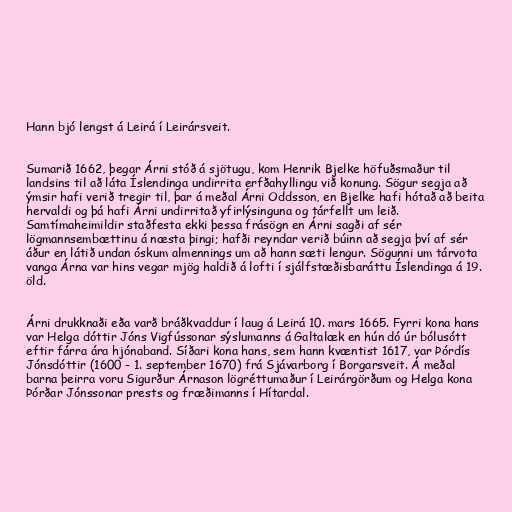
Hann bjó lengst á Leirá í Leirársveit.

Sumarið 1662, þegar Árni stóð á sjötugu, kom Henrik Bjelke höfuðsmaður til
landsins til að láta Íslendinga undirrita erfðahyllingu við konung. Sögur segja að
ýmsir hafi verið tregir til, þar á meðal Árni Oddsson, en Bjelke hafi hótað að beita
hervaldi og þá hafi Árni undirritað yfirlýsinguna og tárfellt um leið.
Samtímaheimildir staðfesta ekki þessa frásögn en Árni sagði af sér
lögmannsembættinu á næsta þingi; hafði reyndar verið búinn að segja því af sér
áður en látið undan óskum almennings um að hann sæti lengur. Sögunni um tárvota
vanga Árna var hins vegar mjög haldið á lofti í sjálfstæðisbaráttu Íslendinga á 19.
öld.

Árni drukknaði eða varð bráðkvaddur í laug á Leirá 10. mars 1665. Fyrri kona hans
var Helga dóttir Jóns Vigfússonar sýslumanns á Galtalæk en hún dó úr bólusótt
eftir fárra ára hjónaband. Síðari kona hans, sem hann kvæntist 1617, var Þórdís
Jónsdóttir (1600 - 1. september 1670) frá Sjávarborg í Borgarsveit. Á meðal
barna þeirra voru Sigurður Árnason lögréttumaður í Leirárgörðum og Helga kona
Þórðar Jónssonar prests og fræðimanns í Hítardal.